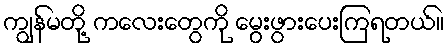
ကျွန်မတို့ ကလေးတွေကို မွေးဖွားပေးကြရတယ်။